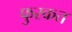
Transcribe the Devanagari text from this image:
फुरकत